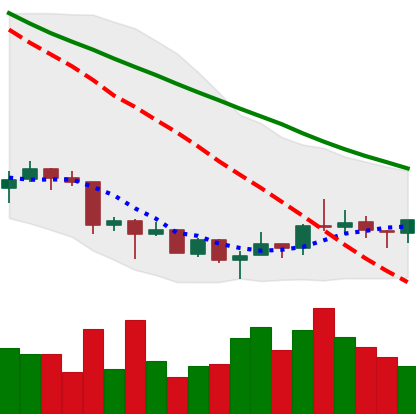
Ticker: XRP-USD
Chart end date: 2018-07-07
Forward return: -11.597%
Label: down_7plus